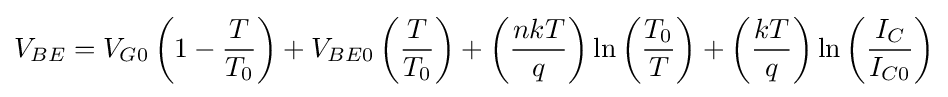
V_{BE}=V_{G0}\left(1-{\frac {T}{T_{0}}}\right)+V_{BE0}\left({\frac {T}{T_{0}}}\right)+\left({\frac {nkT}{q}}\right)\ln \left({\frac {T_{0}}{T}}\right)+\left({\frac {kT}{q}}\right)\ln \left({\frac {I_{C}}{I_{C0}}}\right)